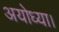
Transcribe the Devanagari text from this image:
अयोध्या।